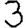
Digit: 3